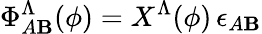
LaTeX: \Phi_{A\mathbf{B}}^{\Lambda}(\phi)=X^{\Lambda}(\phi)\, \epsilon_{A\mathbf{B}}